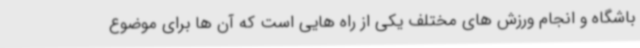
باشگاه و انجام ورزش های مختلف یکی از راه هایی است که آن ها برای موضوع